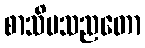
စာသိမသညတော